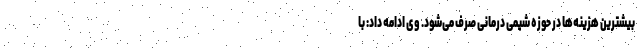
بیشترین هزینه‌ها در حوزه شیمی درمانی صرف می‌شود. وی ادامه داد: با